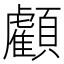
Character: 𩕷